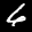
Label: 6